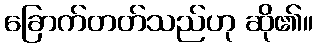
ခြောက်တတ်သည်ဟု ဆို၏။